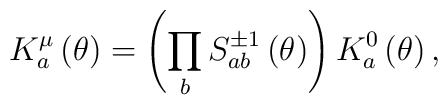
K_{a}^{\mu}\left(\theta\right)=\left(\prod_{b}S_{ab}^{\pm1}\left(\theta\right)\right)K_{a}^{0}\left(\theta\right),